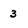
Character: 3